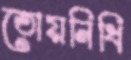
তোয়নিধি